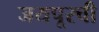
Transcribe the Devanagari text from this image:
जयपूरची